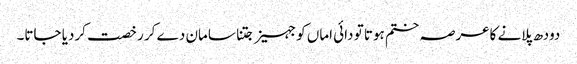
دودھ پلانے کاعرصہ ختم ہوتا تو دائی اماں کو جہیز جتنا سامان دے کر رخصت کردیا جاتا۔